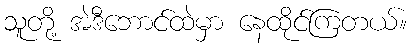
သူတို့ အဲဒီဘောင်ထဲမှာ နေထိုင်ကြတယ်။